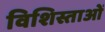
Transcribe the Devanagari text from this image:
विशिस्ताओं